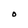
Character: O